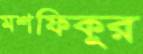
মশফিকুর